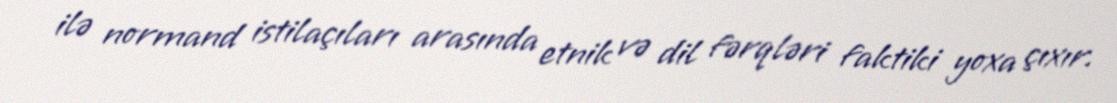
ilə normand istilaçıları arasında etnik və dil fərqləri faktiki yoxa çıxır.